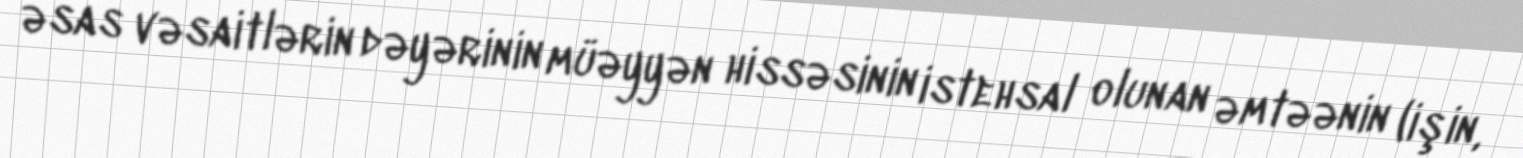
əsas vəsaitlərin dəyərinin müəyyən hissəsinin istehsal olunan əmtəənin (işin,